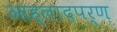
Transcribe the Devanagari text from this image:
आह्लादपर्ण